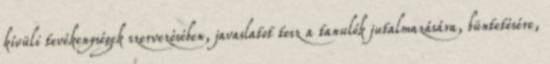
kívüli tevékenységek szervezésében, javaslatot tesz a tanulók jutalmazására, büntetésére,